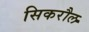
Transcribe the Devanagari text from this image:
सिकरौल